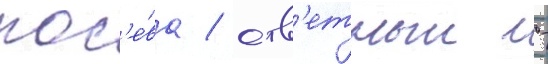
пос'е́ва / отв'етныи -